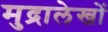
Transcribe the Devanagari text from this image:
मुद्रालेखों